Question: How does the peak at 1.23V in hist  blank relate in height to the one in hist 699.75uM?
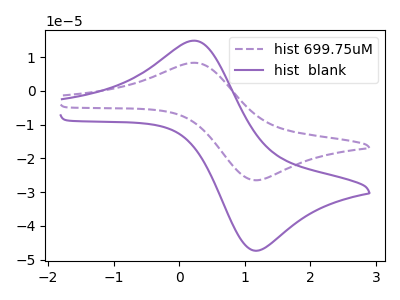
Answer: <think>The purple dashed curve "hist 699.75uM" has an anodic peak at (0.20V, 8.30uA) and a cathodic peak at (1.25V, -26.40uA). The purple curve "hist  blank" has an anodic peak at (0.20V, 14.85uA) and a cathodic peak at (1.25V, -47.20uA).</think>
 <answer>The peak at 1.23V is higher in "hist  blank" than in "hist 699.75uM".</answer>
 <eval>higher</eval>